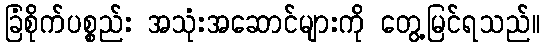
ခြံစိုက်ပစ္စည်း အသုံးအဆောင်များကို တွေ့မြင်ရသည်။